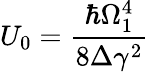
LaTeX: U_{0}=\frac{\hbar\Omega_{1}^{4}}{8\Delta\gamma^{2}}